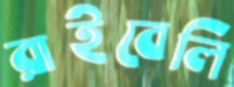
রাইবেলি